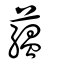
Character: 蘊